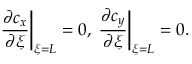
\frac { \partial c _ { x } } { \partial \xi } \bigg | _ { \xi = L } = 0 , \; \frac { \partial c _ { y } } { \partial \xi } \bigg | _ { \xi = L } = 0 .